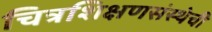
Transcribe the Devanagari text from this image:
चित्रशिक्षणसंस्थेची